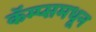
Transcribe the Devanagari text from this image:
कॅम्प्समधून